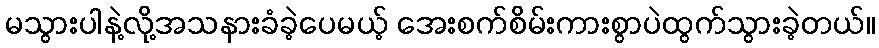
မသွားပါနဲ့လို့အသနားခံခဲ့ပေမယ့် အေးစက်စိမ်းကားစွာပဲထွက်သွားခဲ့တယ်။